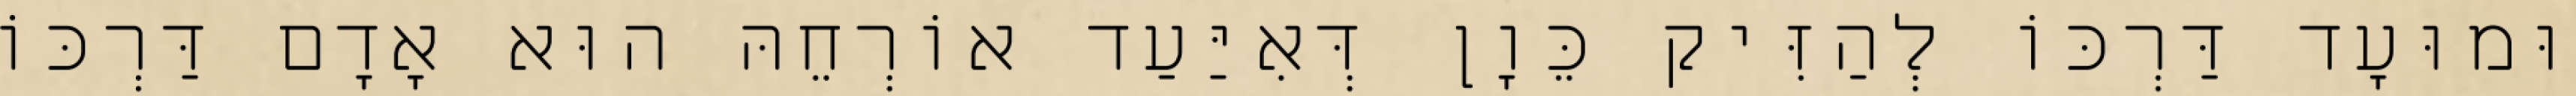
וּמוּעָד דַּרְכּוֹ לְהַזִּיק כֵּוָן דְּאִיַּעַד אוֹרְחֵהּ הוּא אָדָם דַּרְכּוֹ